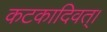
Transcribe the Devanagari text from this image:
कटकादिवत्।